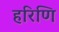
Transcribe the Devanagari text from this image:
हरिणि